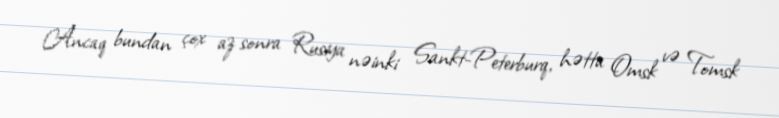
Ancaq bundan çox az sonra Rusiya nəinki Sankt-Peterburq, hətta Omsk və Tomsk